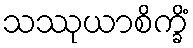
သဿုယာစိက္ခိံ